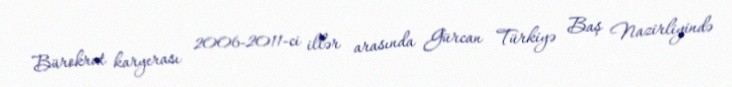
Bürokrat karyerası 2006-2011-ci illər arasında Gürcan Türkiyə Baş Nazirliyində